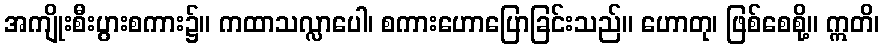
အကျိုးစီးပွားစကား၌။ ကထာသလ္လာပေါ၊ စကားဟောပြောခြင်းသည်။ ဟောတု၊ ဖြစ်စေစို့။ ဣတိ၊